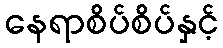
နေရာစိပ်စိပ်နှင့်